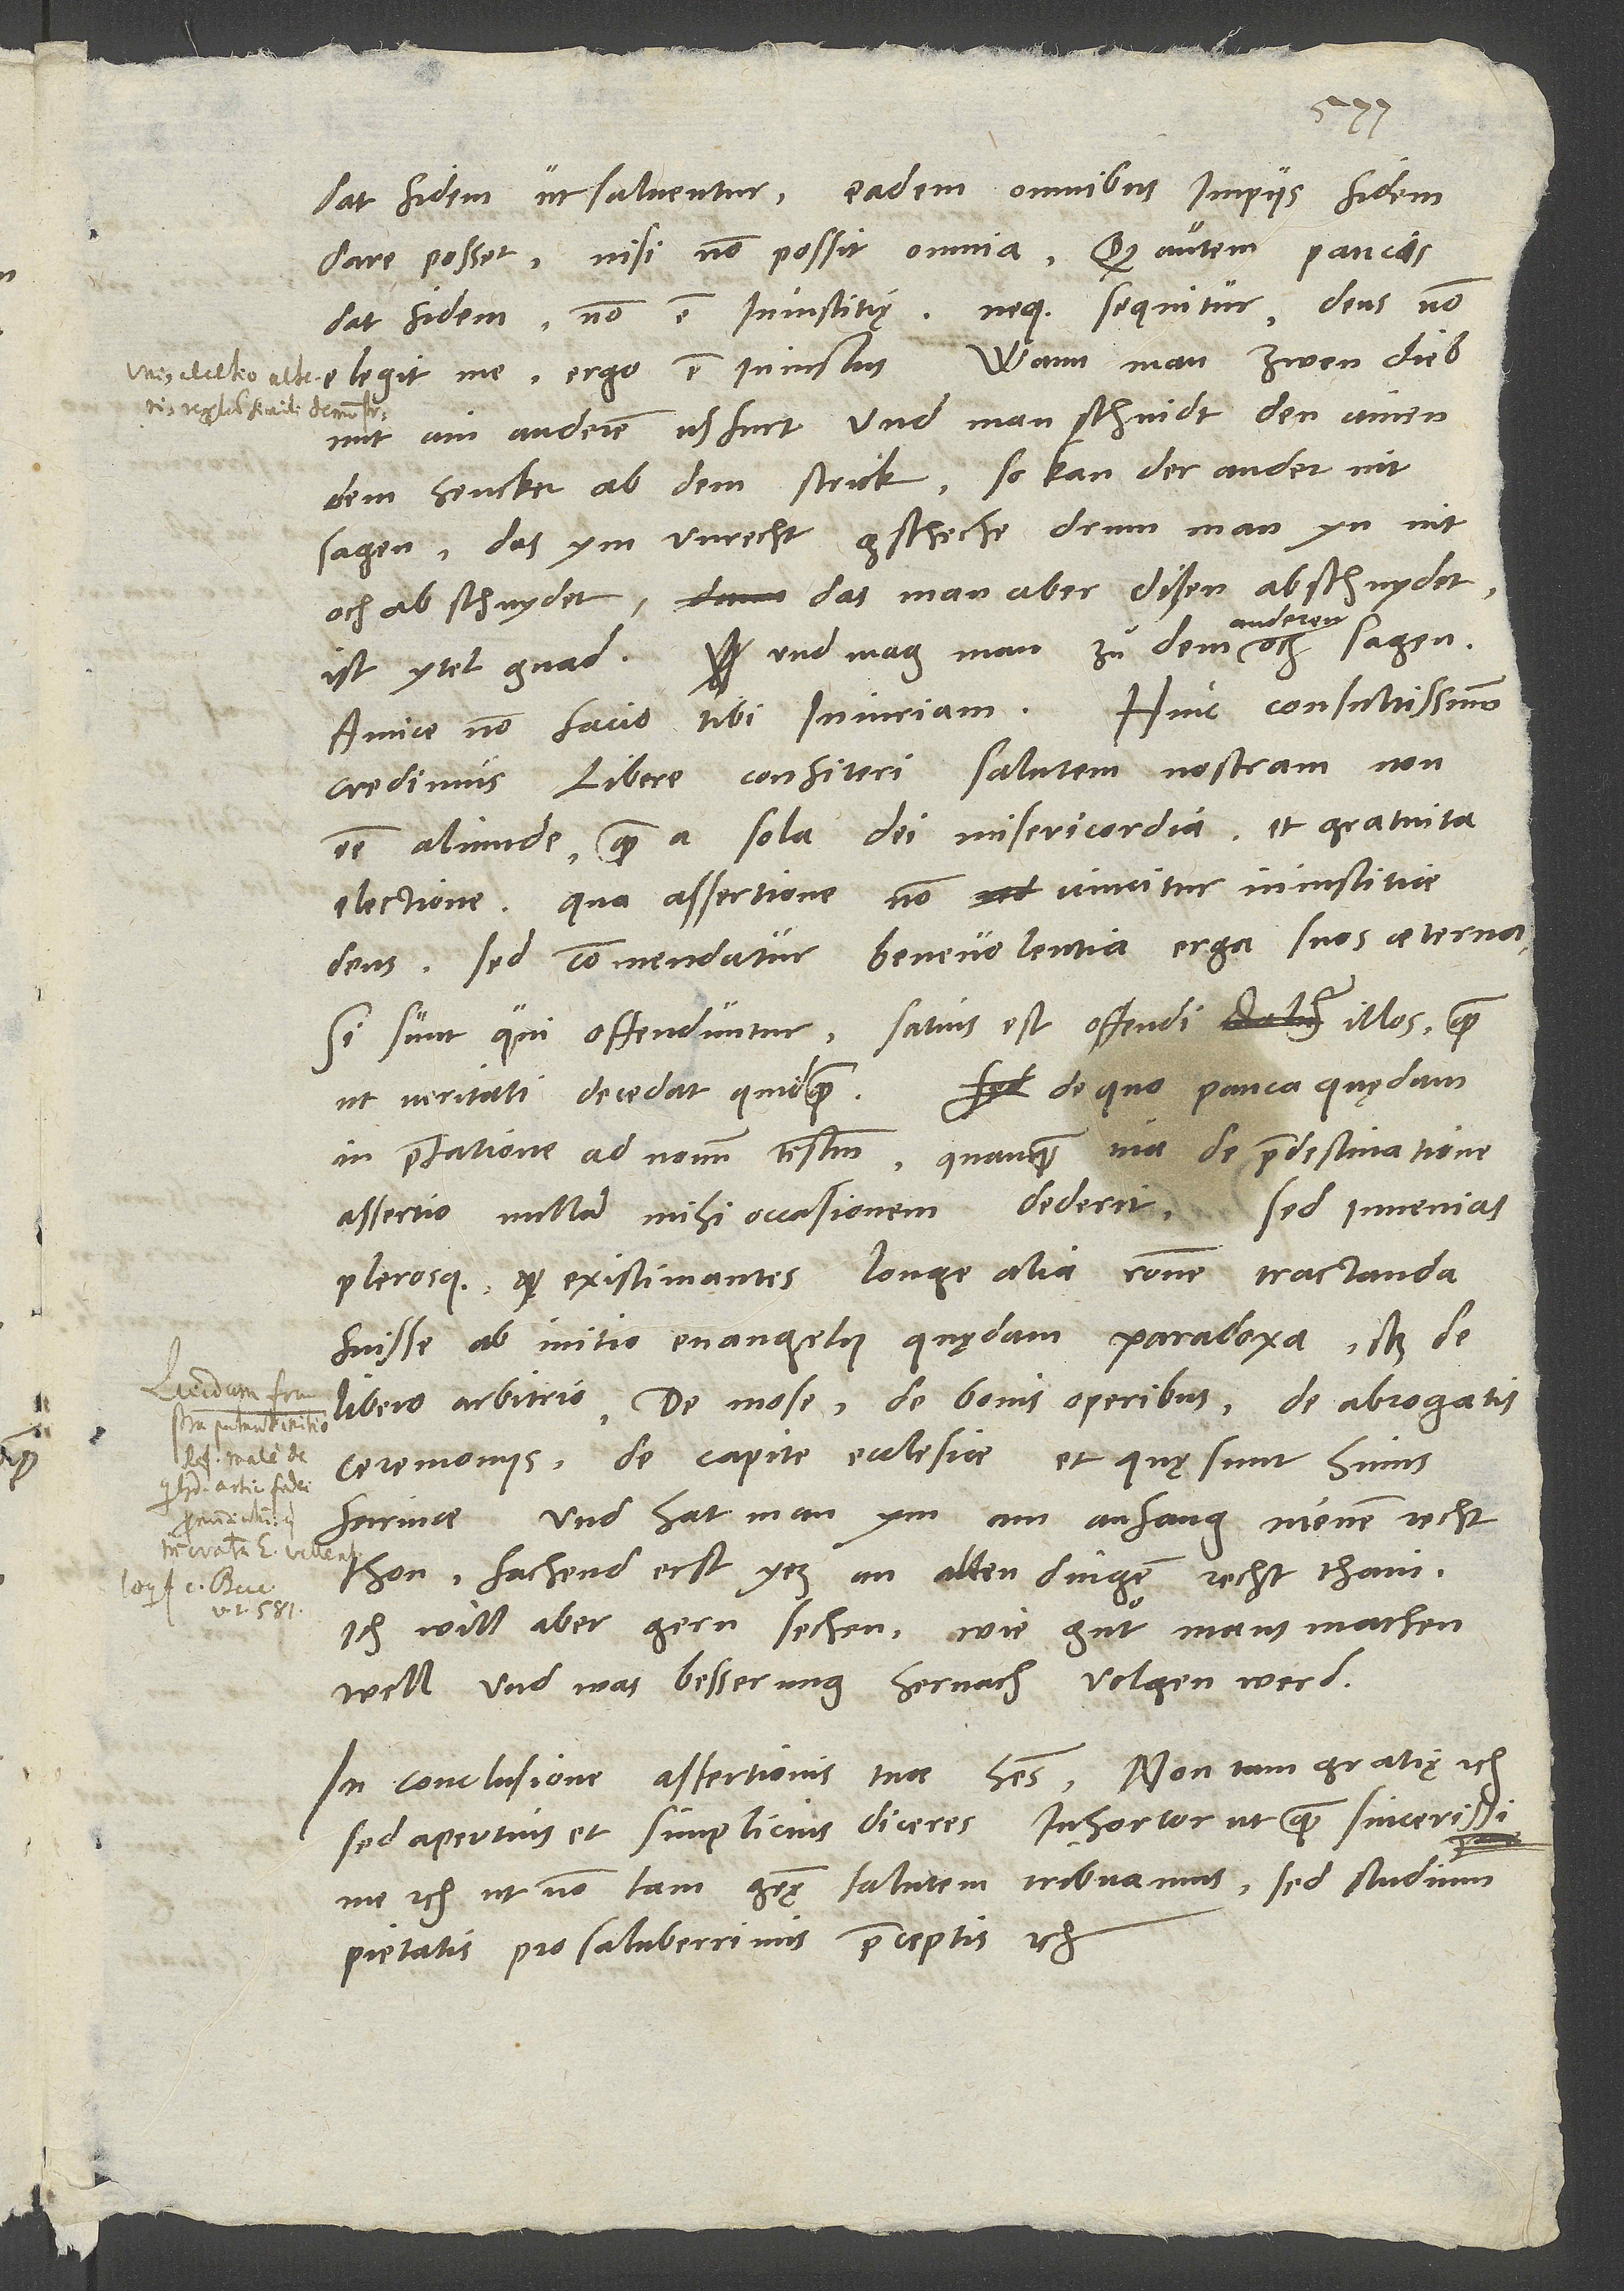
S.

credimus libere confiteri salutem nostram non
esse aliunde quam a sola dei misericordia et gratuita
electione. Qua assertione non vincitur iniustitiae
deus, sed commendatur benevolentia erga suos aeterna.
Si sunt, qui offenduntur, satius est offendi illos, quam
De quo pauca quędam
ut veritati decedat quidquam.
in praefatione ad novum testamentum, quanquam tua de praedestinatione
assertio nullam mihi occasionem dederit. Sed invenias
plerosque existimantes longe alia ratione tractanda
fuisse ab initio evangelii quędam paradoxa, scilicet de
libero arbitrio, de Mose, de bonis operibus, de abrogatis
ceremoniis, de capite ecclesiae et quę sunt huius
farinae. Und hat man ym am anfang nienen recht
thon, fachend erst yez an allen dingen recht thain.
Ich will aber gern sechen, wie guͦt mans machen
well und was besserung hernach volgen werd.
In conclusione assertionis tuę habes: "Non tam gratiae" etc.,
sed apertius et simplicius diceres: "Inhortor, ut quam sincerissime"
etc., "ut non tam gratiae salutem tribuamus, sed studium
pietatis pro saluberrimis praeceptis" etc.